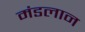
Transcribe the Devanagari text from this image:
मंडलान